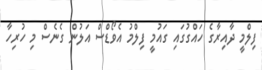
ފިލްމީ ދާއިރާގެ ހައްގުގައި ގައުމީ ފިލްމު އެވޯޑްސް އަލުން ގެނެސް މި ހުރިހާ